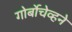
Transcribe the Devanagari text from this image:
गोर्बोचेव्हने